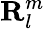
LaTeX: \mathbf{R}_{l}^{m}